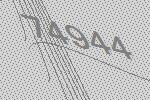
74944